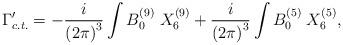
LaTeX: \begin{align*}\Gamma'_{c.t.}=-{i\over {(2\pi)}^3} \int B_0^{(9)}\; X_6^{(9)}+{i\over {(2\pi)}^3}\int B_0^{(5)}\; X_6^{(5)},\end{align*}